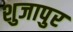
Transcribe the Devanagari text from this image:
शुजापुर